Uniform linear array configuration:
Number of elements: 32
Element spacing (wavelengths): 0.5
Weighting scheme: binomial
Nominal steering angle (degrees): -15
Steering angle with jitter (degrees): -14.857
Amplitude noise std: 0.05
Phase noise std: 0.05

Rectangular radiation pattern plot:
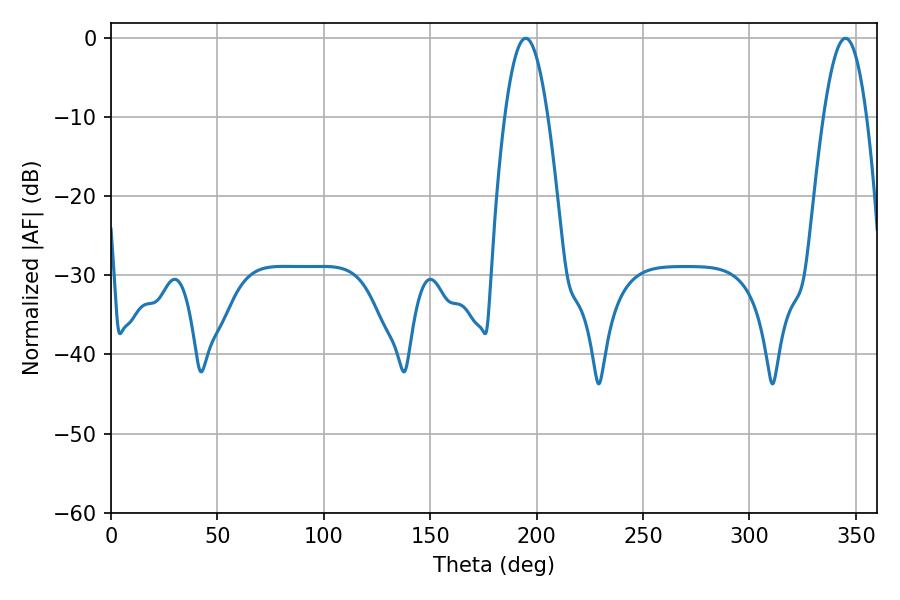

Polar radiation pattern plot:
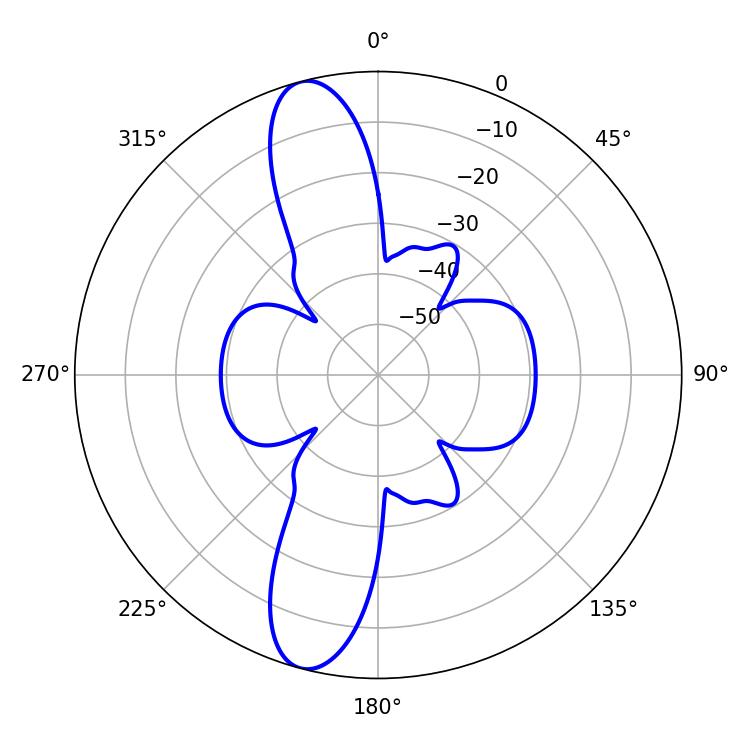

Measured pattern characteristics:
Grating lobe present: FALSE
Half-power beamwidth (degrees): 11.16
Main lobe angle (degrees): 194.94